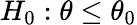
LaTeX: H_{0}:\theta\leq\theta_{0}